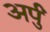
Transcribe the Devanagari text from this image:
अर्पुं